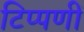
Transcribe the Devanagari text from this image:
टिप्पणीं